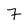
Character: 7